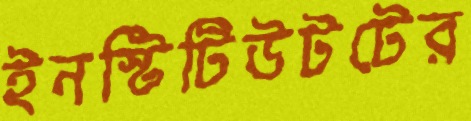
ইনস্টিটিউটটের